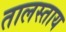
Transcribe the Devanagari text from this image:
तालस्ताय